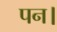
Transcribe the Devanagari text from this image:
पन।